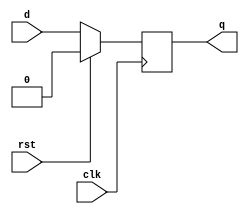
module dff(d,q,clk,rst);

  input d,clk,rst;
  output reg q;

  always @(posedge clk)
     begin:dff_block
        if(rst==1'b1)
          q=1'b0;
        else
          q=d;
     end
  endmodule